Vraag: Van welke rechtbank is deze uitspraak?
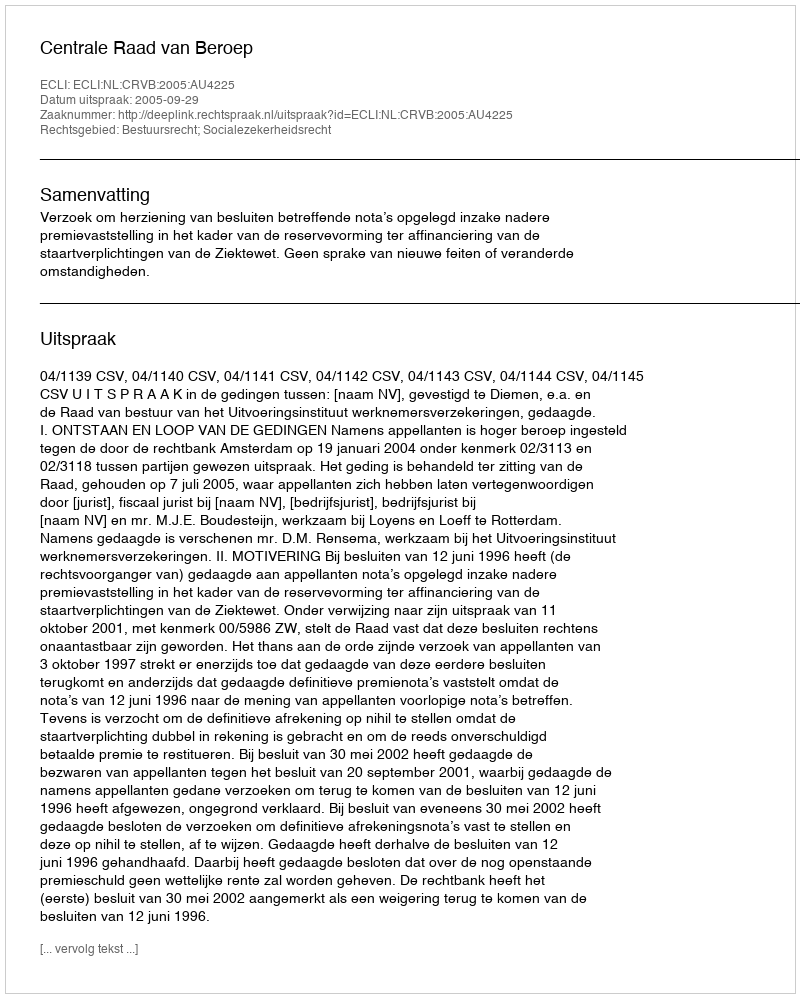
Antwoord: Centrale Raad van Beroep